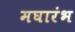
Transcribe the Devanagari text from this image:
मघारंभ